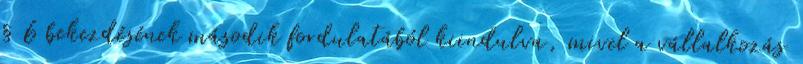
§ 6 bekezdésének második fordulatából kiindulva, mivel a vállalkozás